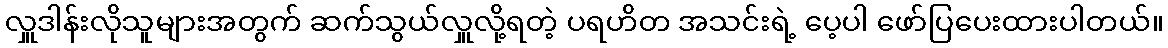
လှူဒါန်းလိုသူများအတွက် ဆက်သွယ်လှူလို့ရတဲ့ ပရဟိတ အသင်းရဲ့ ပေ့ပါ ဖော်ပြပေးထားပါတယ်။